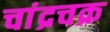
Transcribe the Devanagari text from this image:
चांद्रचक्र